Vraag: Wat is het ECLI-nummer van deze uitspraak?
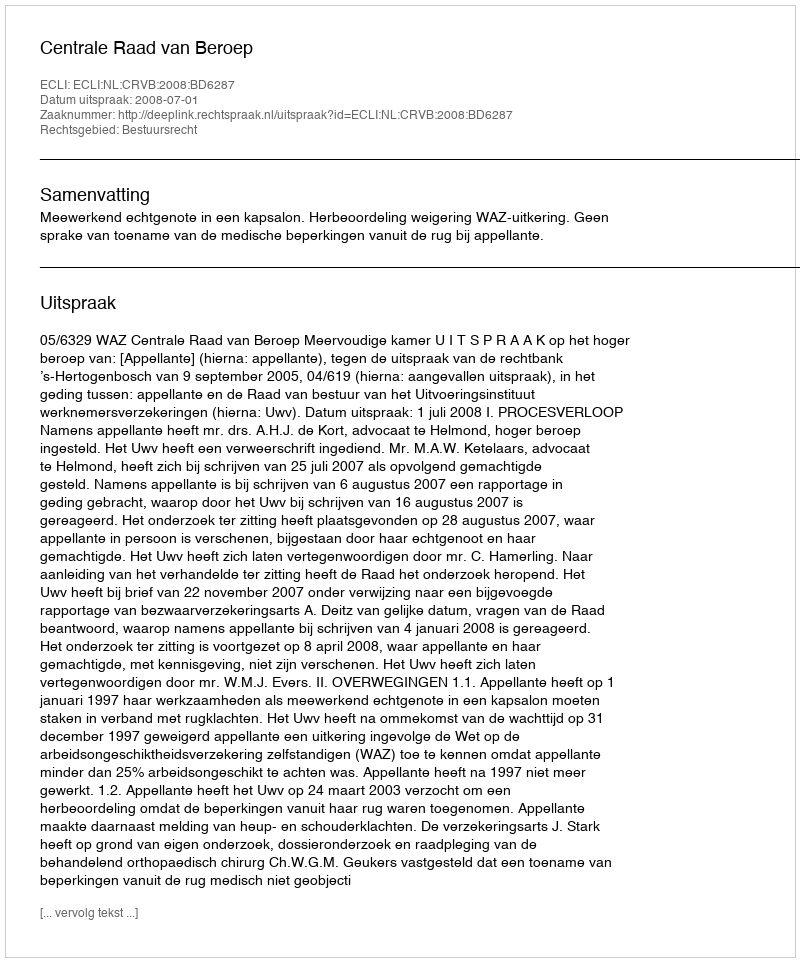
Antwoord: ECLI:NL:CRVB:2008:BD6287